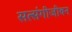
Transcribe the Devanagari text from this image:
सत्संगीजीवन